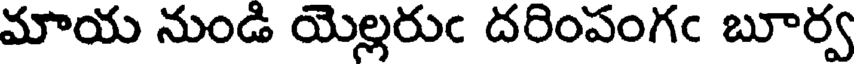
మాయ నుండి యెల్లరుఁ దరింపంగఁ బూర్వ